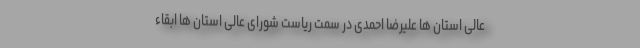
عالی استان ها علیرضا احمدی در سمت ریاست شورای عالی استان ها ابقاء